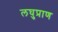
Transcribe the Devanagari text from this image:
लघुप्राण